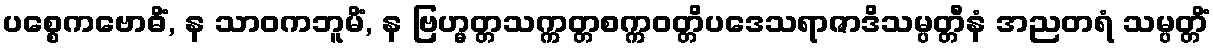
ပစ္စေကဗောဓိံ, န သာဝကဘူမိံ, န ဗြဟ္မတ္တသက္ကတ္တစက္ကဝတ္တိပဒေသရာဇာဒိသမ္ပတ္တီနံ အညတရံ သမ္ပတ္တိံ